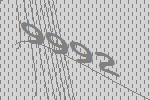
9992